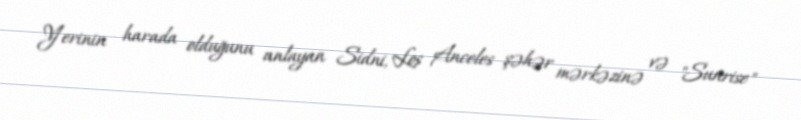
Yerinin harada olduğunu anlayan Sidni, Los Anceles şəhər mərkəzinə və "Sunrise"